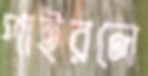
পাইরলে